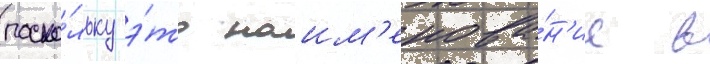
поско́льку э́то наим'енова́н'ие в